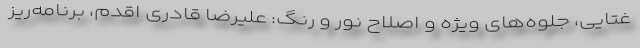
غتایی، جلوه‌های ویژه و اصلاح نور و رنگ: علیرضا قادری اقدم، برنامه‌ریز